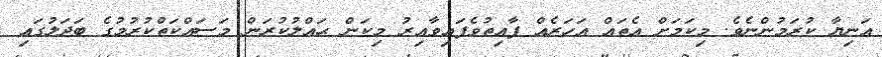
އަނިޔާ ކުރަމުންނެވެ. މިކަމަށް އެތައް އަހަރެއް ފާއިތުވެފައިވާއިރު މިކަން ޙައްލުކުރަން މަސައްކަތްކުރުމުގެ ބަދަލުގައި